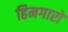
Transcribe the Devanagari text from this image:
हिमगारों